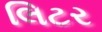
લિટર